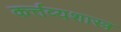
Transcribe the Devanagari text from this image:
कर्त्तव्यशास्त्र